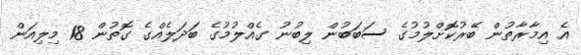
އެ އިމާރާތުން ބޭރުކޮށްލުމުގެ ސަބަބުން ލިބުނު ގެއްލުމުގެ ބަދަލެއްގެ ގޮތުން 18 މިލިއަން